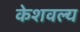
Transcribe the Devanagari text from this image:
केशवल्य